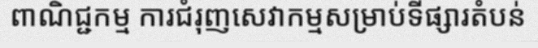
ពាណិជ្ជកម្ម ការជំរុញសេវាកម្មសម្រាប់ទីផ្សារតំបន់